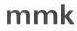
mmk